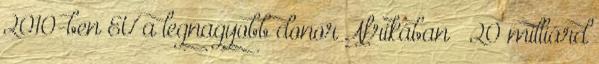
2010-ben EU a legnagyobb donor Afrikában → 20 milliárd